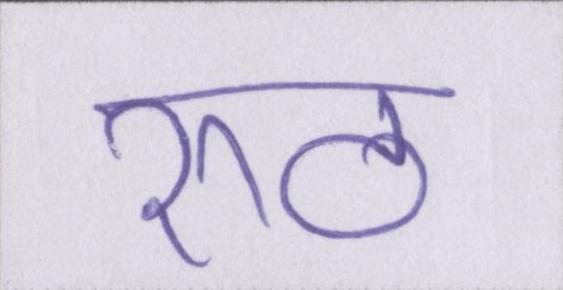
रूठ